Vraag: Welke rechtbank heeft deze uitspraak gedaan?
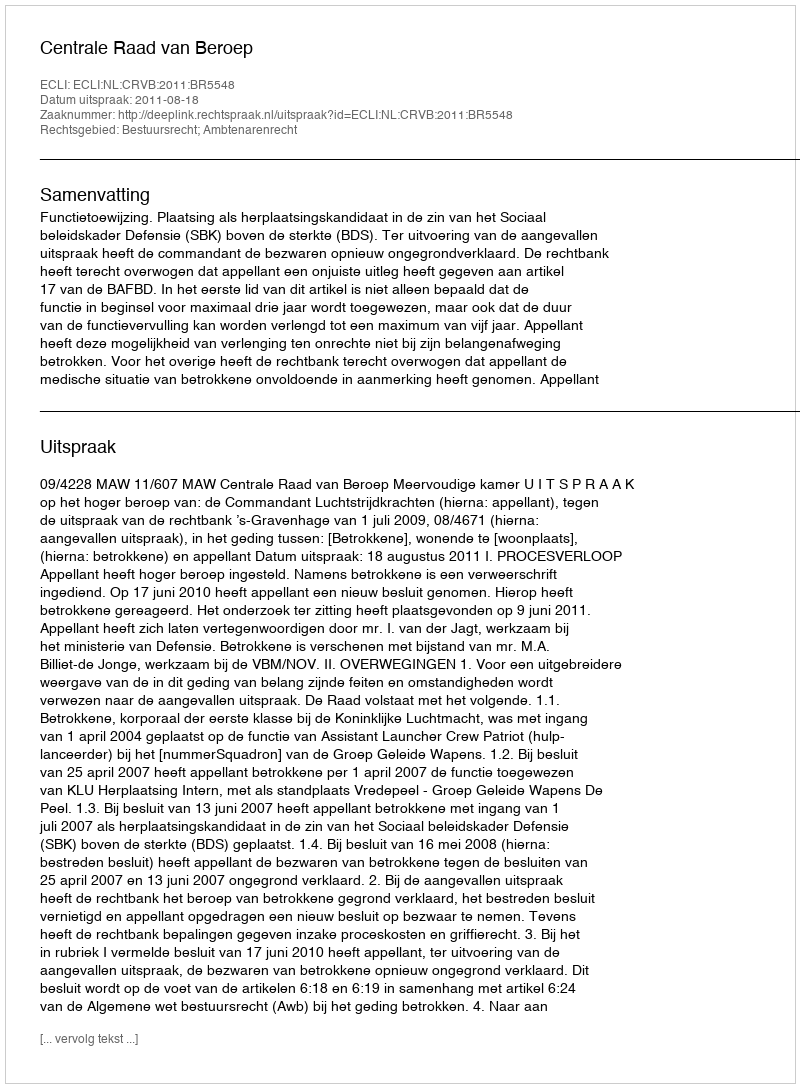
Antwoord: Centrale Raad van Beroep